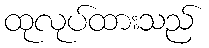
ထုလုပ်ထားသည်